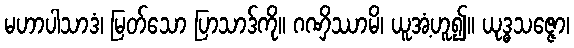
မဟာပါသာဒံ၊ မြတ်သော ပြာသာဒ်ကို။ ဂဏှိဿာမိ၊ ယူအံ့ဟူ၍။ ယုဒ္ဓသဇ္ဇော၊